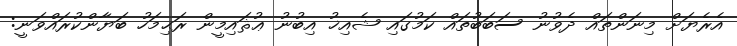
އެރެޔަށް މިނަންތައް ދެވުނު ސަބަބުތައް ކަމުގައި ޝެއިޚު އިބުނު ޢުޘައިމީން ރަޙިމަހު ބަޔާންކުރައްވަނީ: